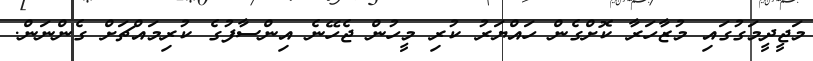
މަޖީދީމަގުގައި މުޒާހަރާ ކޮށްގެން ހައްޔަރު ކުރި މީހުން ޖެހޭނެ އިންސާފުގެ ކުރިމައްޗަށް ގެންނަން.